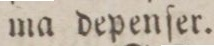
ma depenſer.